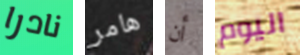
نادرا هامر أن اليوم